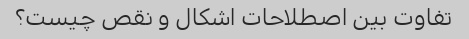
تفاوت بین اصطلاحات اشکال و نقص چیست؟